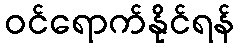
ဝင်ရောက်နိုင်ရန်